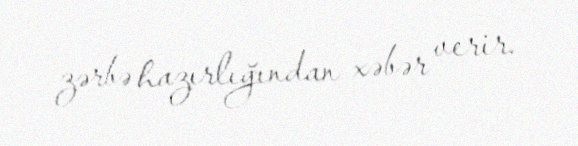
zərbə hazırlığından xəbər verir.